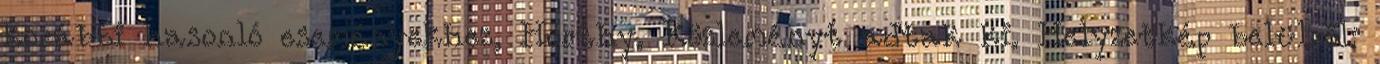
korábbi hasonló eseményekhez, Horthy. Közleményt adtak ki. Helyzetkép belülről: